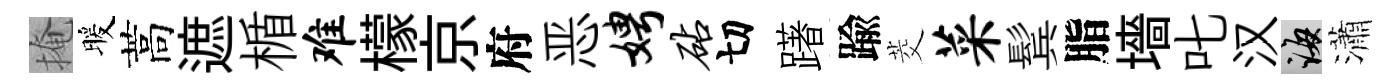
掩暖蒿遮楯难檬京府恶娉砧切躇踰茭菜鬂脂墻叱汉誨瀟